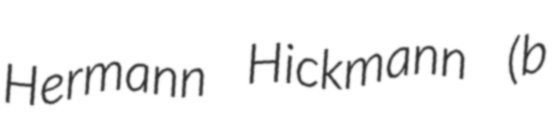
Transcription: Hermann Hickmann (b